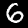
Label: 6